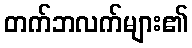
တက်ဘလက်များ၏